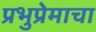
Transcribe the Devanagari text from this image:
प्रभुप्रेमाचा